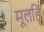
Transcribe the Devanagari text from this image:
मूलहिं